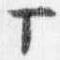
マ